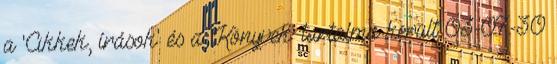
a 'Cikkek, írások' és a 'Könyvek' tartalma került 03-07-30